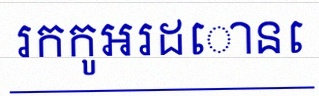
រកកូអរដោនេ